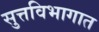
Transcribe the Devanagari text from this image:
सुत्तविभागात